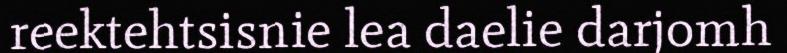
reektehtsisnie lea daelie darjomh